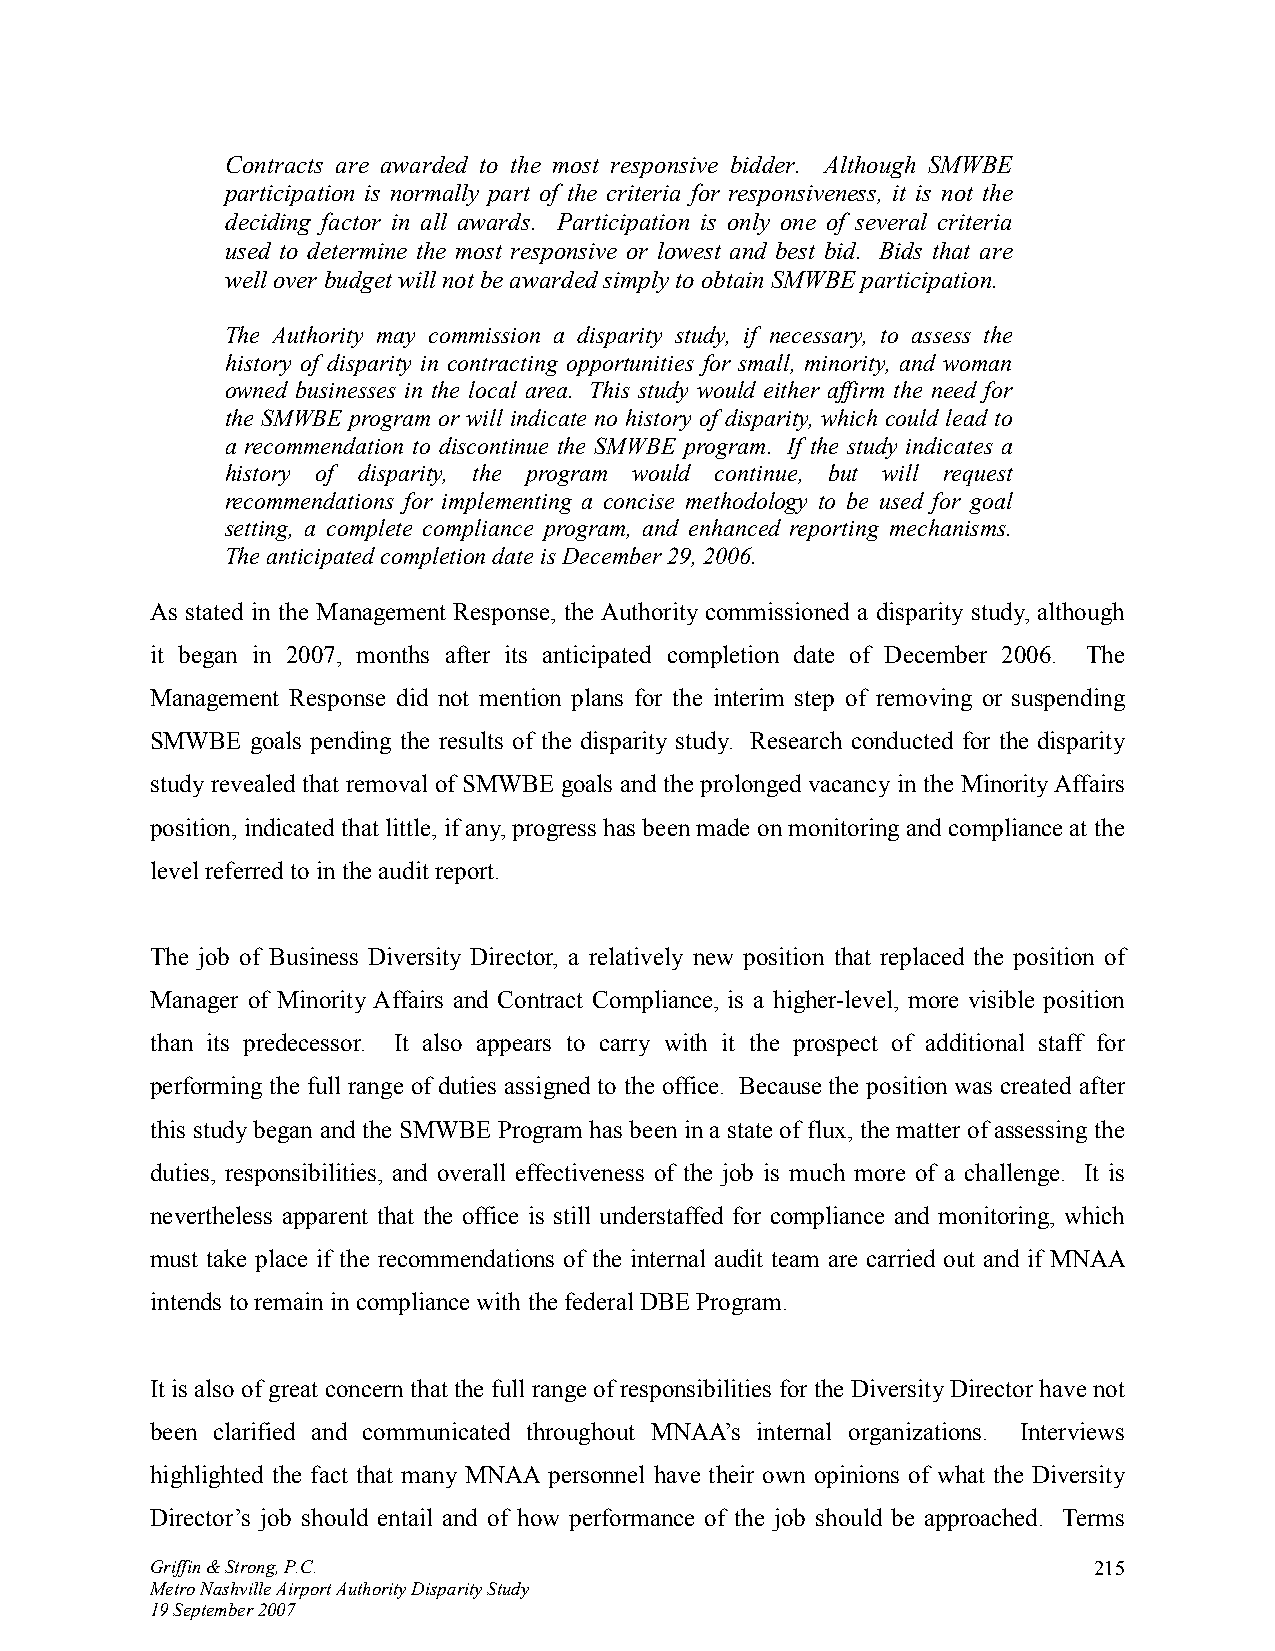
Contracts are awarded to the most responsive bidder. Although SMWBE
 participation is normally part of the criteria for responsiveness, it is not the
 deciding factor in all awards. Participation is only one of several criteria
 used to determine the most responsive or lowest and best bid. Bids that are
 well over budget will not be awarded simply to obtain SMWBE participation.
 The Authority may commission a disparity study, if necessary, to assess the
 history of disparity in contracting opportunities for small, minority, and woman
 owned businesses in the local area. This study would either affirm the need for
 the SMWBE program or will indicate no history of disparity, which could lead to
 a recommendation to discontinue the SMWBE program. If the study indicates a
 history of disparity, the program would continue, but will request
 recommendations for implementing a concise methodology to be used for goal
 setting, a complete compliance program, and enhanced reporting mechanisms.
 The anticipated completion date is December 29, 2006.
 As stated in the Management Response, the Authority commissioned a disparity study, although
 it began in 2007, months after its anticipated completion date of December 2006. The
 Management Response did not mention plans for the interim step of removing or suspending
 SMWBE  goals pending the results of the disparity study. Research conducted for the disparity
 study revealed that removal of SMWBE goals and the prolonged vacancy in the Minority Affairs
 position, indicated that little, if any, progress has been made on monitoring and compliance at the
 level referred to in the audit report.
 The job of Business Diversity Director, a relatively new position that replaced the position of
 Manager of Minority Affairs and Contract Compliance, is a higher-level, more visible position
 than its predecessor. It also appears to carry with it the prospect of additional staff for
 performing the full range of duties assigned to the office. Because the position was created after
 this study began and the SMWBE Program has been in a state of flux, the matter of assessing the
 duties, responsibilities, and overall effectiveness of the job is much more of a challenge. It is
 nevertheless apparent that the office is still understaffed for compliance and monitoring, which
 must take place if the recommendations of the internal audit team are carried out and if MNAA
 intends to remain in compliance with the federal DBE Program.
 It is also of great concern that the full range of responsibilities for the Diversity Director have not
 been clarified and communicated throughout MNAA’s internal organizations. Interviews
 highlighted the fact that many MNAA personnel have their own opinions of what the Diversity
 Director’s job should entail and of how performance of the job should be approached. Terms
 Griffin & Strong, P.C.                                        215
 Metro Nashville Airport Authority Disparity Study
 19 September 2007